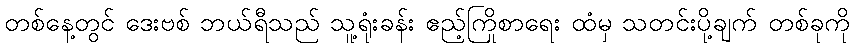
တစ်နေ့တွင် ဒေးဗစ် ဘယ်ရီသည် သူ့ရုံးခန်း ဧည့်ကြိုစာရေး ထံမှ သတင်းပို့ချက် တစ်ခုကို